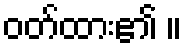
ဝတ်ထား၏ ။